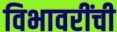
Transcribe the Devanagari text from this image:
विभावरींची